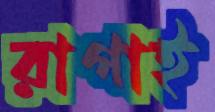
রাগাই